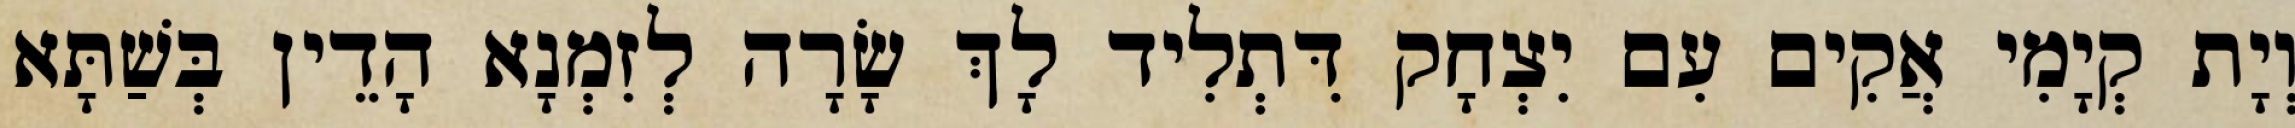
וְיָת קְיָמִי אֲקִים עִם יִצְחָק דִּתְלִיד לָךְ שָׂרָה לְזִמְנָא הָדֵין בְּשַׁתָּא